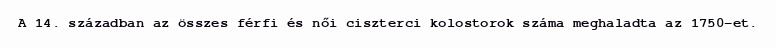
A 14. században az összes férfi és női ciszterci kolostorok száma meghaladta az 1750-et.